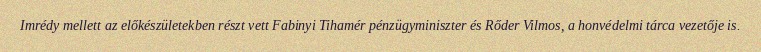
Imrédy mellett az előkészületekben részt vett Fabinyi Tihamér pénzügyminiszter és Rőder Vilmos, a honvédelmi tárca vezetője is.